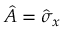
\hat { A } = \hat { \sigma } _ { x }